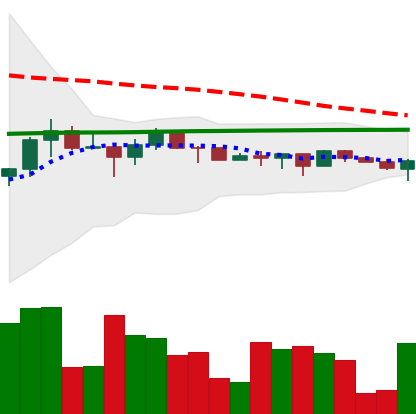
Ticker: XRP-USD
Chart end date: 2022-12-12
Forward return: -8.411%
Label: down_7plus